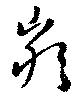
嚴